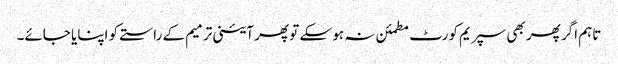
تاہم اگر پھر بھی سپریم کورٹ مطمئن نہ ہو سکے تو پھر آئینی ترمیم کے راستے کو اپنایا جائے۔